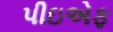
પીઇએફ